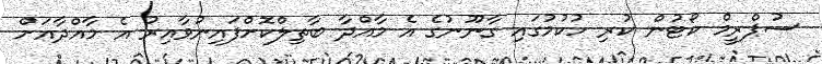
ސުޕްރީމް ކޯޓުން ކުރި ހުކުމުގައި ގާނޫނުގެ އެ މާއްދާ ބާތިލްކޮށްފައިނުވާއިރު އެ މާއްދާއަށް